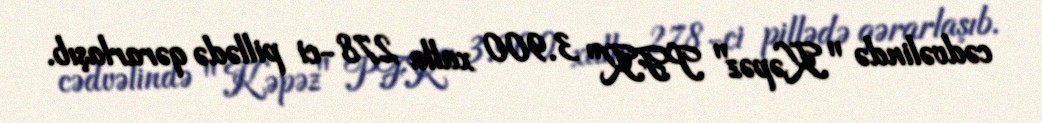
cədvəlində "Kəpəz" PFK" 3.900 xalla 278-ci pillədə qərarlaşıb.